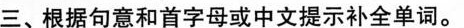
三、根据句意和首字母或中文提示补全单词.